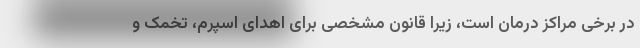
در برخی مراکز درمان است، زیرا قانون مشخصی برای اهدای اسپرم، تخمک و